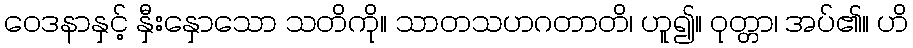
ဝေဒနာနှင့် နှီးနှောသော သတိကို။ သာတသဟဂတာတိ၊ ဟူ၍။ ဝုတ္တာ၊ အပ်၏။ ဟိ